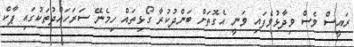
ރައީސް ވެސް ވިދާޅުވެފައި ވަނީ އެގޮތަށް ބަންދުކުރާ ގޯޅިތައް ހިމެނޭ ސަރަހައްދުތަކުގައި ޕާކް